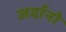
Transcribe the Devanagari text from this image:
जर्दानो